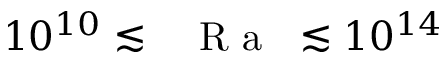
1 0 ^ { 1 0 } \lesssim \mathrm { ~ \textit ~ { ~ R ~ a ~ } ~ } \lesssim 1 0 ^ { 1 4 }